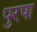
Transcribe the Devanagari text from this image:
पुरषा